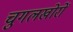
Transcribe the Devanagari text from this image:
चुगलखोरों